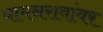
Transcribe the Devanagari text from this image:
वामनरावांवर